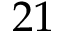
2 1